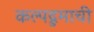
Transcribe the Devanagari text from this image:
कल्पद्रुमाची